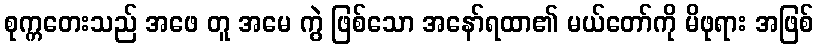
စုက္ကတေးသည် အဖေ တူ အမေ ကွဲ ဖြစ်သော အနော်ရထာ၏ မယ်တော်ကို မိဖုရား အဖြစ်